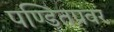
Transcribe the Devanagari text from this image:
पण्डितप्रवर